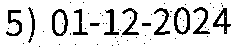
5) 01-12-2024